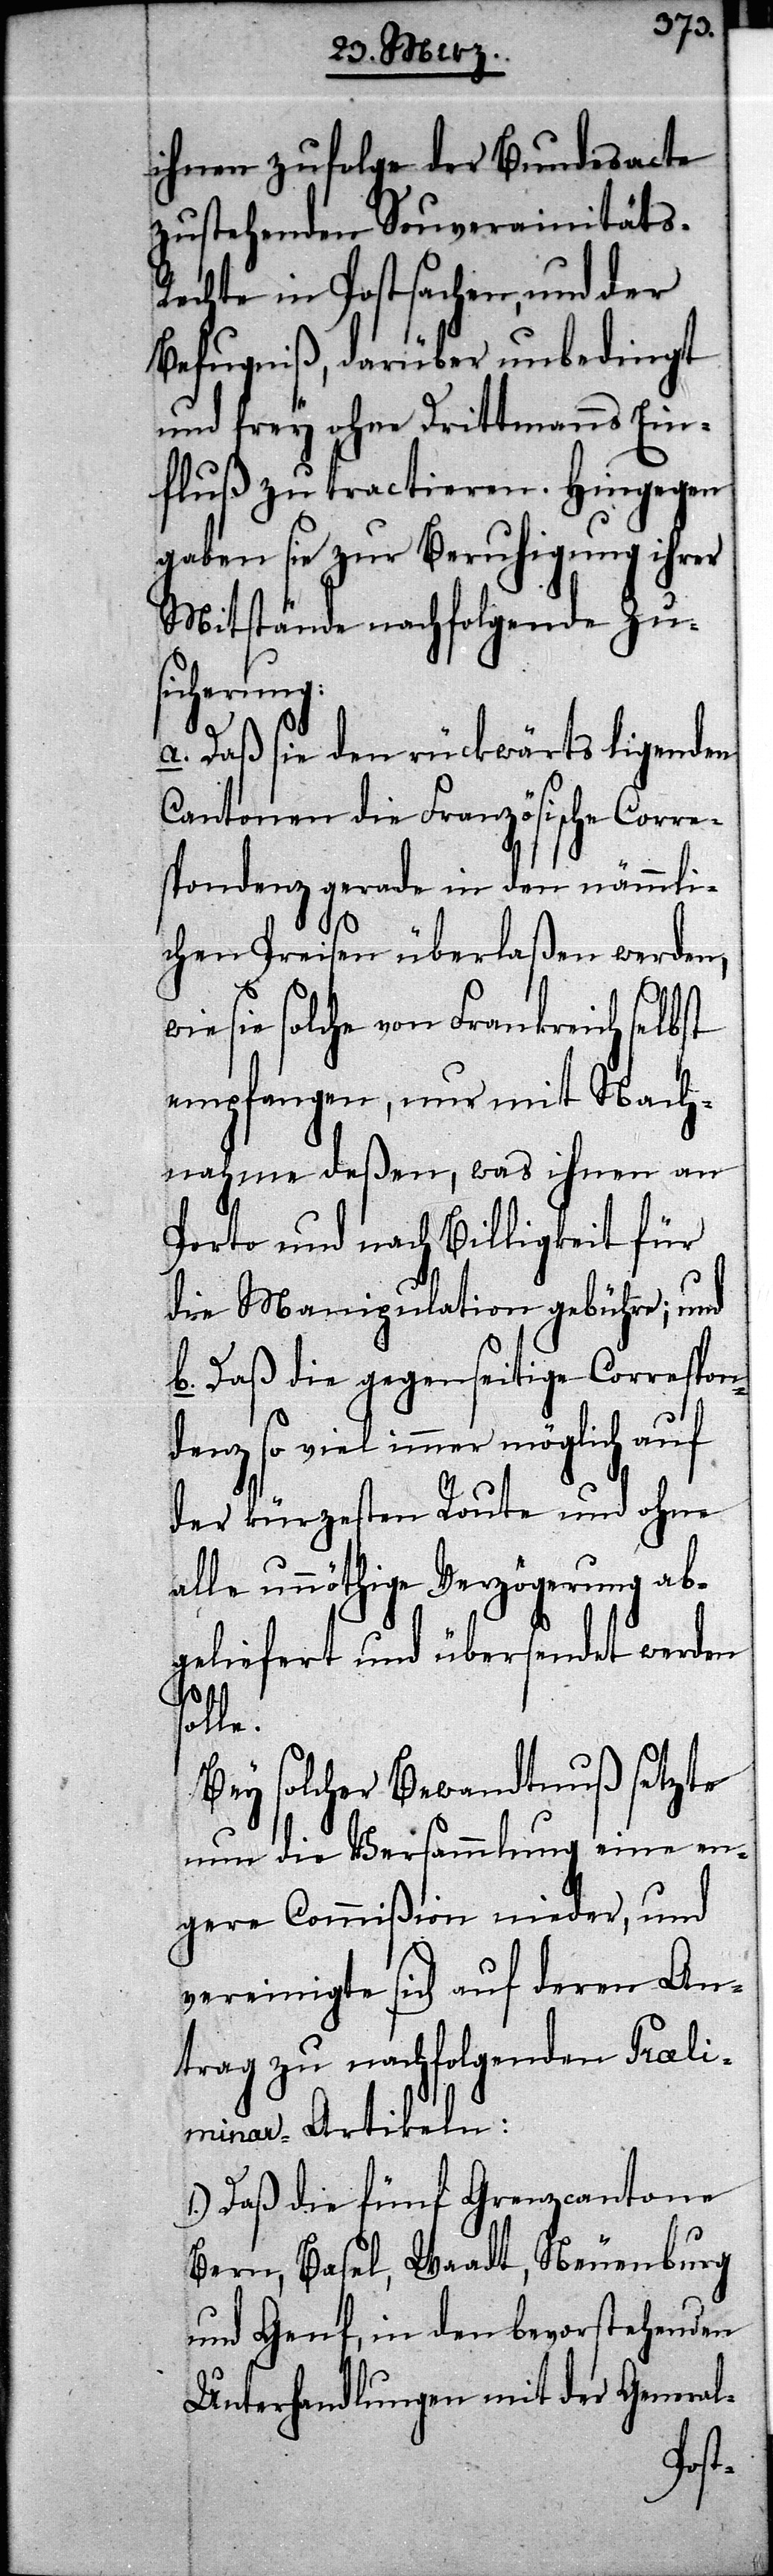
ihnen zufolge der Bundesacte
zustehenden Souverainitäts-R¬
echte in Postsachen, und der
Befugniß, darüber unbedingt
und frey ohne Drittmanns Ein¬
fluß zu tractieren. Hingegen
gaben sie zur Beruhigung ihrer
Mitstände nachfolgende Zu¬
sicherung:
a. Daß sie den rückwärts ligenden
Cantonen die Französische Corre¬
spondenz gerade in den nämmli¬
chen Preisen überlaßen werden,
wie sie solche von Frankreich selbst
empfangen, nur mit Nach¬
nahme deßen, was ihnen an
Porto und nach Billigkeit für
die Manipulation gebühre; und
b. Daß die gegenseitige Correspon¬
denz so viel immer möglich auf
der kürzesten Route und ohne
alle unnöthige Verzögerung ab¬
geliefert und übersendet werden
le.
Bey solcher Bewandtnuß setze
nun die Versammlung eine en¬
gere Commißion nieder, und
vereinigte sich auf deren An¬
trag zu nachfolgenden Praeli¬
minar-Artikeln:
1.) Daß die fünf Grenzcantone
Bern, Basel, Waadt, Neuenburg
und Genf, in den bevorstehenden
Unterhandlungen mit der General-